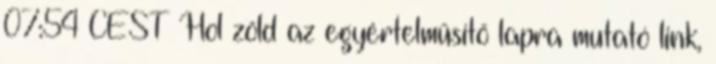
07:54 CEST Hol zöld az egyértelműsítő lapra mutató link,